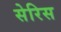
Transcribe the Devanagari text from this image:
सेरिस